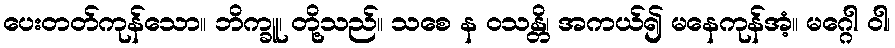
ပေးတတ်ကုန်သော။ ဘိက္ခူ၊ တို့သည်။ သစေ န ဝသန္တိ၊ အကယ်၍ မနေကုန်အံ့။ မဂ္ဂေါ ဝါ၊